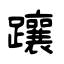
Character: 躟